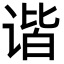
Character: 谐